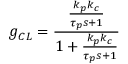
g _ { C L } = { \frac { \frac { k _ { p } k _ { c } } { \tau _ { p } s + 1 } } { 1 + { \frac { k _ { p } k _ { c } } { \tau _ { p } s + 1 } } } }